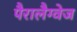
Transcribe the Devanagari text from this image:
पैरालैग्वेज